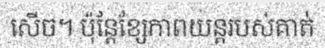
សើច។ ប៉ុន្តែខ្សែភាពយន្តរបស់គាត់